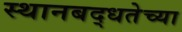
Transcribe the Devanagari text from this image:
स्थानबद्धतेच्या